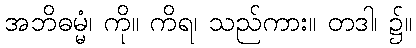
အဘိဓမ္မံ၊ ကို။ ကိရ၊ သည်ကား။ တဒါ၊ ၌။